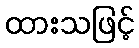
ထားသဖြင့်